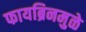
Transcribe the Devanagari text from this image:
फायब्रिनमुळे